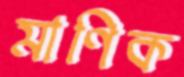
মাণিক